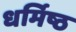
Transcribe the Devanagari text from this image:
धर्मिष्ठ